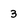
Character: 3